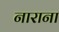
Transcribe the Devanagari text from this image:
नाराना